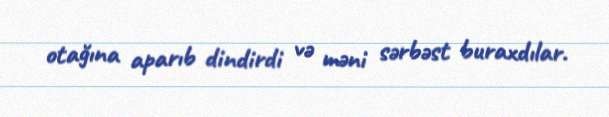
otağına aparıb dindirdi və məni sərbəst buraxdılar.